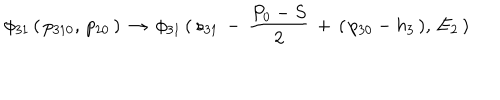
\phi _ { 3 1 } \, ( \, p _ { 3 1 0 } , \, p _ { 2 0 } \, ) \, \to \, \phi _ { 3 1 } \, ( \, s _ { 3 1 } \, - \, { \frac { P _ { 0 } - S } { 2 } } \, + \, ( \, p _ { 3 0 } - h _ { 3 } \, ) , \, E _ { 2 } \, )